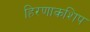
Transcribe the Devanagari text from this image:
हिरणाकशिप